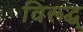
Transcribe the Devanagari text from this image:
विरूद्ध्